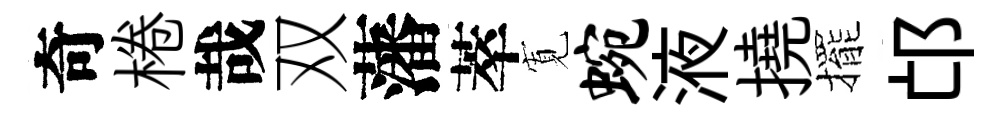
奇棬哉双藩萃𡩖蜿液撓擺邙